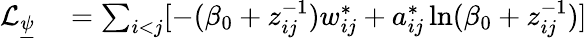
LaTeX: \begin{array}{rl}{\mathcal{L}_{\underline{{\psi}}}}&{{}=\sum_{i<j}[-(\beta_{0}+z_{ij}^{-1})w_{ij}^{*}+a_{ij}^{*}\ln(\beta_{0}+z_{ij}^{-1})]}\end{array}